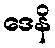
ဒေနိ